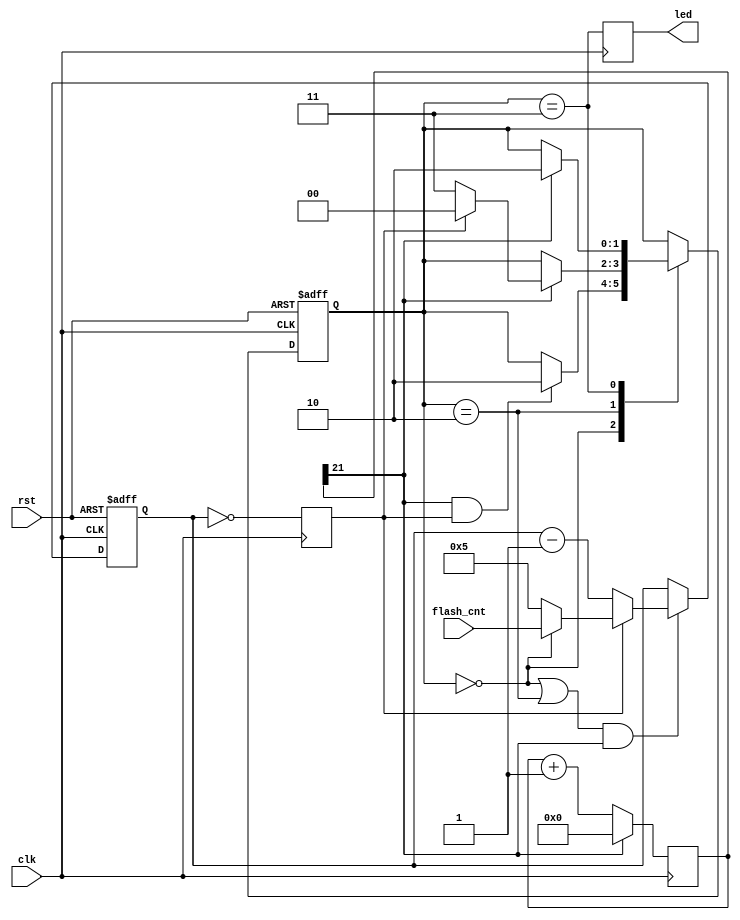
/*
 * led_flasher.v
 *
 * vim: ts=4 sw=4
 *
 * Copyright (C) 2021  Sylvain Munaut <tnt@246tNt.com>
 * SPDX-License-Identifier: CERN-OHL-P-2.0
 */

`default_nettype none

module led_flasher #(
	parameter integer DW = 21
)(
	// LED
	output reg  led,

	// Config
	input  wire [3:0] flash_cnt,

	// Clock / Reset
	input  wire clk,
	input  wire rst
);

	// FSM
	// ---

	localparam
		ST_PAUSE      = 0,
		ST_FLASH_OFF  = 2,
		ST_FLASH_ON   = 3;


	// Signals
	// -------

	// FSM
	reg   [1:0] state_nxt;
	reg   [1:0] state;

	// Timer
	reg  [DW:0] timer_cnt = 0;	// Init for SIM only
	wire        timer_tick;

	// Repeat counter
	reg   [3:0] cnt;
	wire        cnt_ce;
	wire        cnt_ld_now;
	wire        cnt_ld_sel;
	reg         cnt_is_zero;


	// State machine
	// -------------

	// Next state logic
	always @(*)
	begin
		// Default is to stay put
		state_nxt = state;

		// Main case
		case (state)
			ST_PAUSE:
				if (timer_tick & cnt_is_zero)
					state_nxt = ST_FLASH_OFF;

			ST_FLASH_OFF:
				if (timer_tick)
					state_nxt = cnt_is_zero ? ST_PAUSE : ST_FLASH_ON;

			ST_FLASH_ON:
				if (timer_tick)
					state_nxt = ST_FLASH_OFF;
		endcase
	end

	// State register
	always @(posedge clk or posedge rst)
		if (rst)
			state <= ST_PAUSE;
		else
			state <= state_nxt;


	// Timer
	// -----

	always @(posedge clk)
		if (timer_tick)
			timer_cnt <= 0;
		else
			timer_cnt <= timer_cnt + 1;

	assign timer_tick = timer_cnt[DW];


	// Counter
	// -------

	assign cnt_ld_now = cnt_is_zero;
	assign cnt_ld_sel =  (state == ST_PAUSE);
	assign cnt_ce     = ((state == ST_PAUSE) || (state == ST_FLASH_OFF)) && timer_tick;

	always @(posedge clk or posedge rst)
		if (rst) begin
			cnt <= 0;
		end else if (cnt_ce) begin
			if (cnt_ld_now)
				cnt <= cnt_ld_sel ? flash_cnt : 4'h5;
			else
				cnt <= cnt - 1;
		end

	always @(posedge clk)
		cnt_is_zero <= (cnt == 4'h0);


	// Output
	// ------

	always @(posedge clk)
		led <= state == ST_FLASH_ON;

endmodule // led_flasher